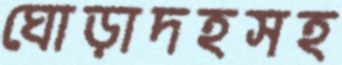
ঘোড়াদহসহ